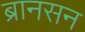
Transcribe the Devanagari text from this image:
ब्रानसन